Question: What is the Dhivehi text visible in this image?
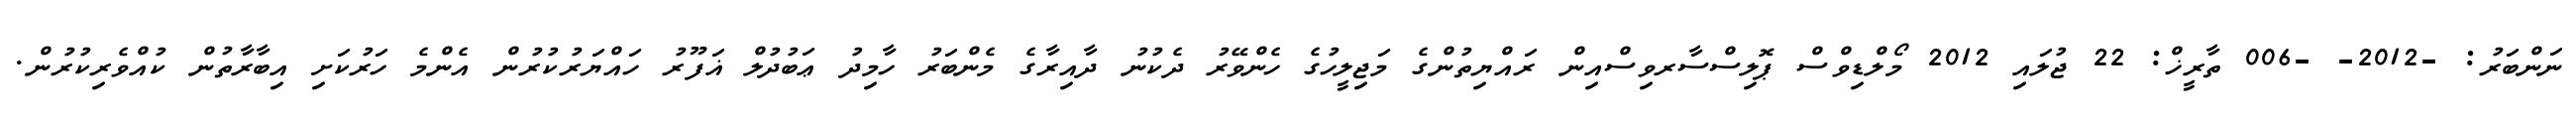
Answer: ނަންބަރު: -2012- -006 ތާރީޚް: 22 ޖުލައި 2012 މޯލްޑިވްސް ޕޮލިސްސާރވިސްއިން ރައްޔިތުންގެ މަޖިލީހުގެ ހެންވޭރު ދެކުނު ދާއިރާގެ މެންބަރު ހާމިދު ޢަބުދުލް ޣަފޫރު ހައްޔަރުކުރުން އެންމެ ހަރުކަށި އިބާރާތުން ކުއްވެރިކުރުން.